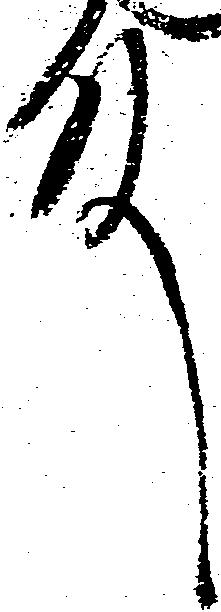
殿